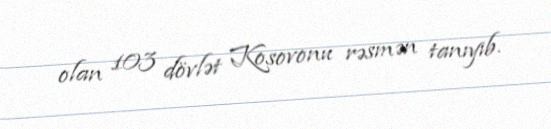
olan 103 dövlət Kosovonu rəsmən tanıyıb.